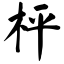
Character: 枰